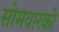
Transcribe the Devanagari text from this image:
सोमवारको